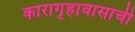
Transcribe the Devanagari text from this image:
कारागृहावासाची